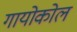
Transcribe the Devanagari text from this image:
गायोकोल